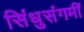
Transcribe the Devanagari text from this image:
सिंधुसंगमीं